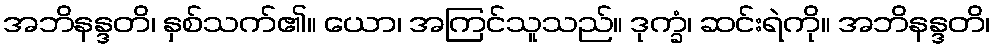
အဘိနန္ဒတိ၊ နှစ်သက်၏။ ယော၊ အကြင်သူသည်။ ဒုက္ခံ၊ ဆင်းရဲကို။ အဘိနန္ဒတိ၊